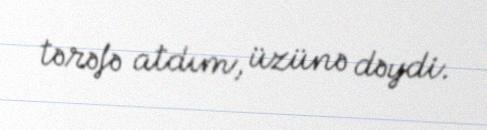
tərəfə atdım, üzünə dəydi.